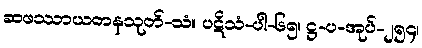
ဆဖဿာယတနသုတ်-သံ။ ပဋိသံ-ပါ-၆၅၊ ဋ္ဌ-ပ-အုပ်-၂၅၄၊